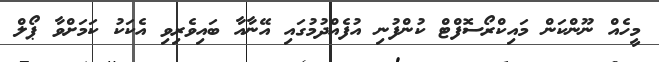
މީހެއް ނޫންކަން މައިކްރޯސޮފްޓް ކުންފުނި އުފެއްދުމުގައި އޭނާއާ ބައިވެރިވި އެކަކު ކަމަށްވާ ޕޯލް